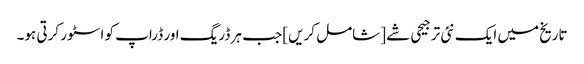
تاریخ میں ایک نئی ترجیحی شے [شامل کریں] جب ہر ڈریگ اور ڈراپ کو اسٹور کرتی ہو۔